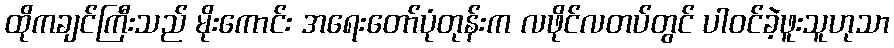
ထိုကချင်ကြီးသည် မိုးကောင်း အရေးတော်ပုံတုန်းက လဖိုင်လတပ်တွင် ပါဝင်ခဲ့ဖူးသူဟုသာ